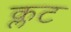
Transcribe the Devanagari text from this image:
क्लट